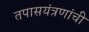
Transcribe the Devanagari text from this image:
तपासयंत्रणांची